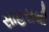
સાહસથી